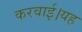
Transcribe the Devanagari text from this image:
करवाई।यह